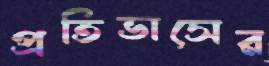
প্রতিভাসের